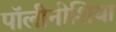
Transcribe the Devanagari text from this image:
पॉलीनीशिया